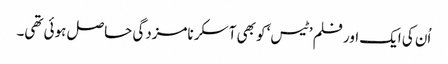
اُن کی ایک اور فلم ’ٹیس‘ کو بھی آسکر نامزدگی حاصل ہوئی تھی۔